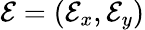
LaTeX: \mathcal{E}=(\mathcal{E}_{x},\mathcal{E}_{y})